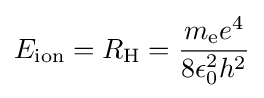
E_{\text{ion}}=R_{\text{H}}={\frac {m_{\text{e}}e^{4}}{8\epsilon _{0}^{2}h^{2}}}